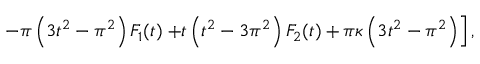
- \pi \left( 3 t ^ { 2 } - \pi ^ { 2 } \right) F _ { 1 } ( t ) \left. + t \left( t ^ { 2 } - 3 \pi ^ { 2 } \right) F _ { 2 } ( t ) + \pi \kappa \left( 3 t ^ { 2 } - \pi ^ { 2 } \right) \right] ,